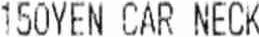
150YEN CAR NECK